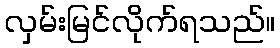
လှမ်းမြင်လိုက်ရသည်။